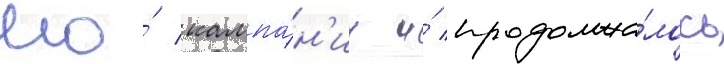
его́ кампа́н'ии и́ продолжа́лось